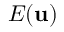
E \mathbf { ( u ) }